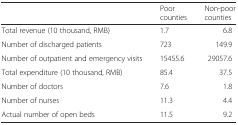
<table><thead><tr><td>[EMPTY_CELL]</td><td><b>Poor counties</b></td><td><b>Non-poor counties</b></td></tr></thead><tbody><tr><td>Total revenue (10 thousand, RMB)</td><td>1.7</td><td>6.8</td></tr><tr><td>Number of discharged patients</td><td>723</td><td>149.9</td></tr><tr><td>Number of outpatient and emergency visits</td><td>15455.6</td><td>29057.6</td></tr><tr><td>Total expenditure (10 thousand, RMB)</td><td>85.4</td><td>37.5</td></tr><tr><td>Number of doctors</td><td>7.6</td><td>1.8</td></tr><tr><td>Number of nurses</td><td>11.3</td><td>4.4</td></tr><tr><td>Actual number of open beds</td><td>11.5</td><td>9.2</td></tr></tbody></table>